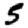
Digit: 5